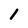
Character: 1